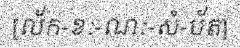
[ល័ក-ខៈ-ណៈ-សំ-ប័ត]